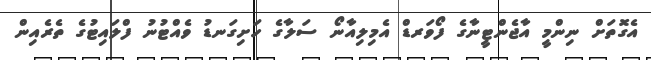
އެގޮތަށް ނިންމީ އާޖެންޓީނާގެ ފޯވަރޑް އެމިލިއާނޯ ސަލާގެ ހަށިގަނޑު ވެއްޓުނު ފްލައިޓުގެ ތެރެއިން